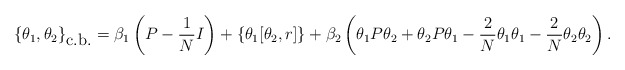
\begin{align*}\{\theta_1,\theta_2\}_{\mbox{c.b.}}=\beta_1\left(P-\frac{1}{N}I\right)+\left\{\theta_1[\theta_2, r]\right\}+\beta_2\left(\theta_1P\theta_2+\theta_2P\theta_1-\frac{2}{N}\theta_1\theta_1-\frac{2}{N}\theta_2\theta_2\right).\end{align*}